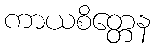
ကာယစိတ္တေန